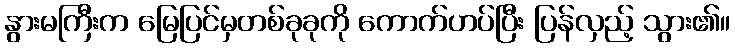
နွားမကြီးက မြေပြင်မှတစ်ခုခုကို ကောက်ဟပ်ပြီး ပြန်လှည့် သွား၏။